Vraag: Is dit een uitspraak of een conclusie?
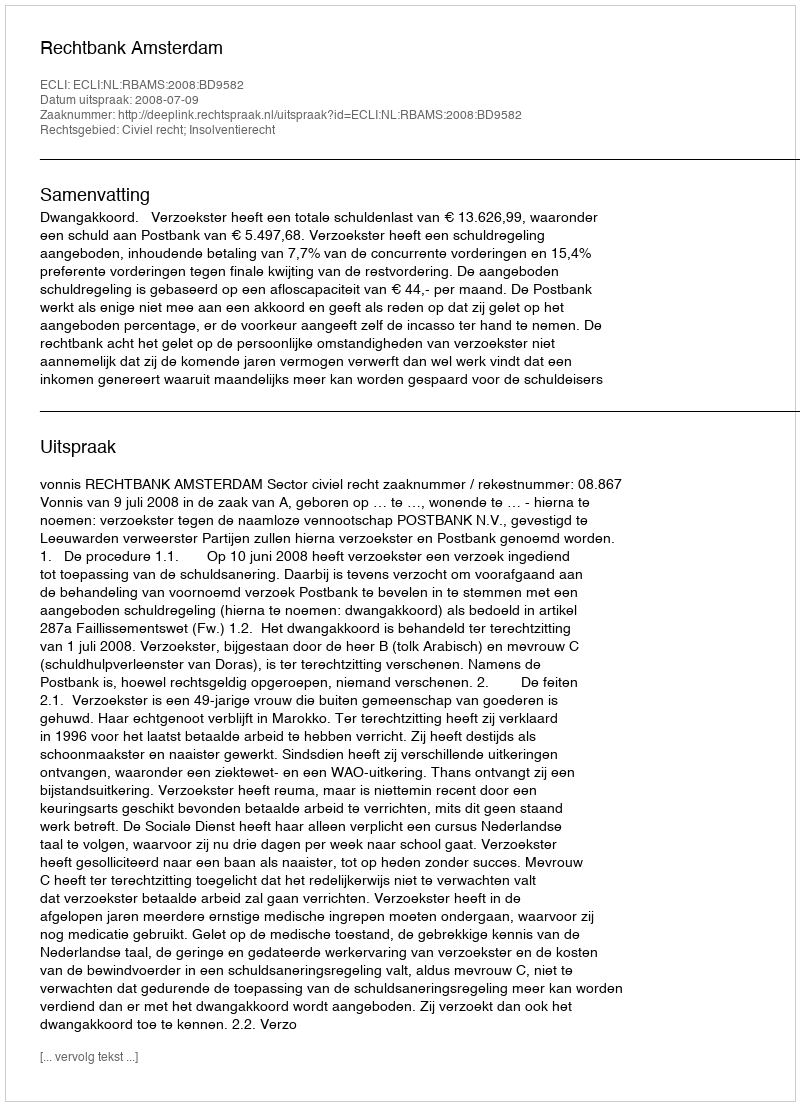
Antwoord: Uitspraak